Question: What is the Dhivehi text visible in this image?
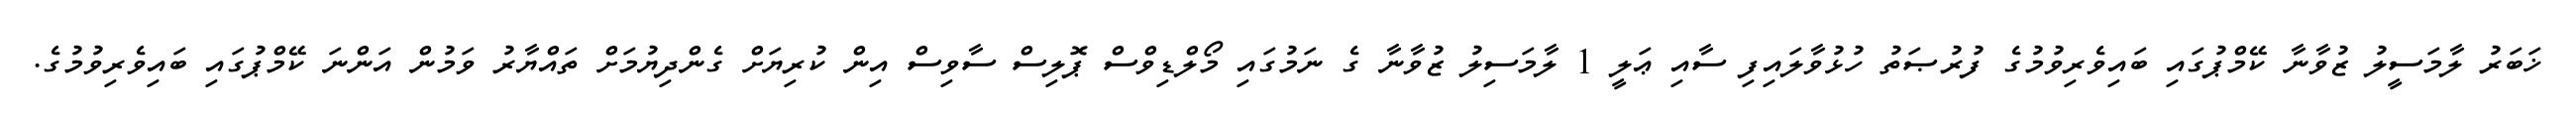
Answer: ޚަބަރު ލާމަސީލު ޒުވާނާ ކޭމްޕުގައި ބައިވެރިވުމުގެ ފުރުޞަތު ހުޅުވާލައިފި ސާއި ޢަލީ 1 ލާމަސިލު ޒުވާނާ ގެ ނަމުގައި މޯލްޑިވްސް ޕޮލިސް ސާވިސް އިން ކުރިޔަށް ގެންދިޔުމަށް ތައްޔާރު ވަމުން އަންނަ ކޭމްޕުގައި ބައިވެރިވުމުގެ.